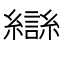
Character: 龻